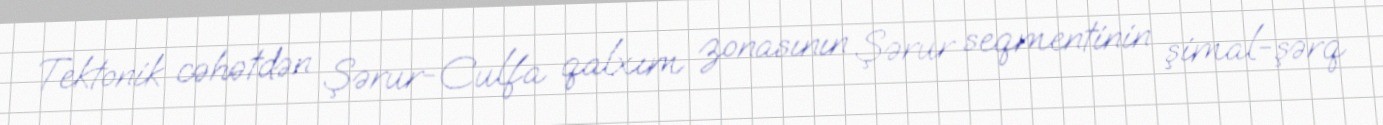
Tektonik cəhətdən Şərur-Culfa qalxım zonasının Şərur seqmentinin şimal-şərq